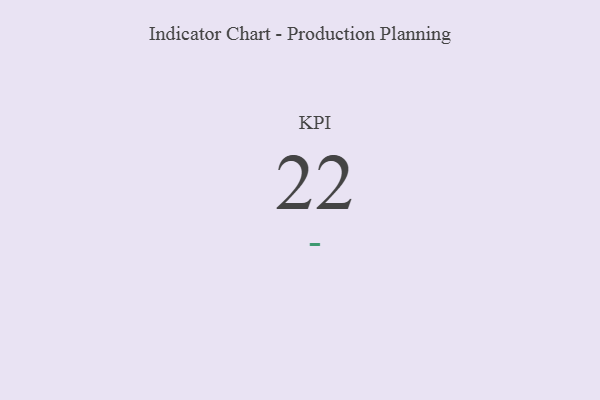
{"axis": {"x": "KPI", "y": "Value"}, "legend": [""], "data": [{"x": "KPI", "y": 22, "type": ""}]}